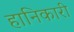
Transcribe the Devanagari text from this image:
हानिकारी